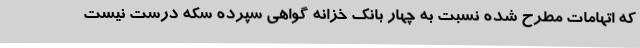
که اتهامات مطرح شده نسبت به چهار بانک خزانه گواهی سپرده سکه درست نیست